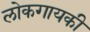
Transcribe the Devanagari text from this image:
लोकगायकी